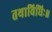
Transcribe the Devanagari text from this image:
तथाविधिः॥